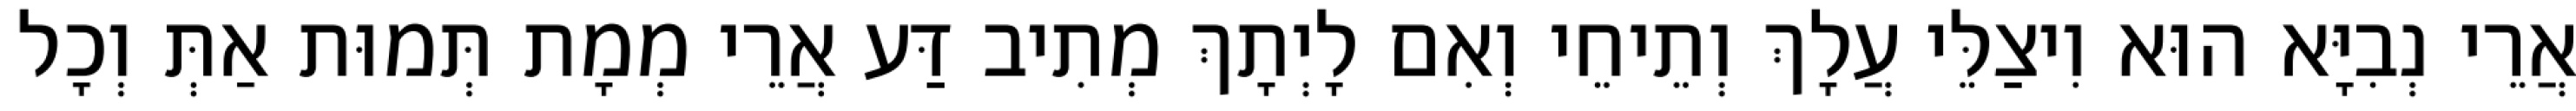
אֲרֵי נְבִיָּא הוּא וִיצַלֵּי עֲלָךְ וְתֵיחֵי וְאִם לָיְתָךְ מְתִיב דַּע אֲרֵי מְמָת תְּמוּת אַתְּ וְכָל